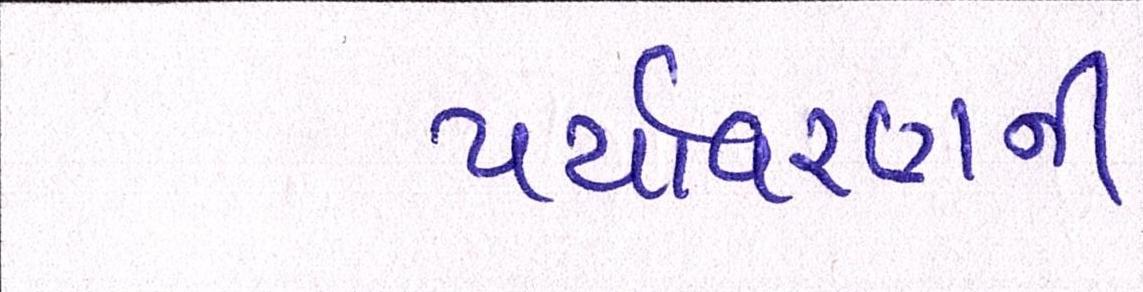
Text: પર્યાવરણની